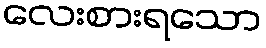
လေးစားရသော